Bréfritari: Jósef Magnússon
Viðtakandi: Jón Borgfirðings Jónsson
Dagsetning: A-1869-01-29
Skrifað á: Fjósatungu  S-Þing.

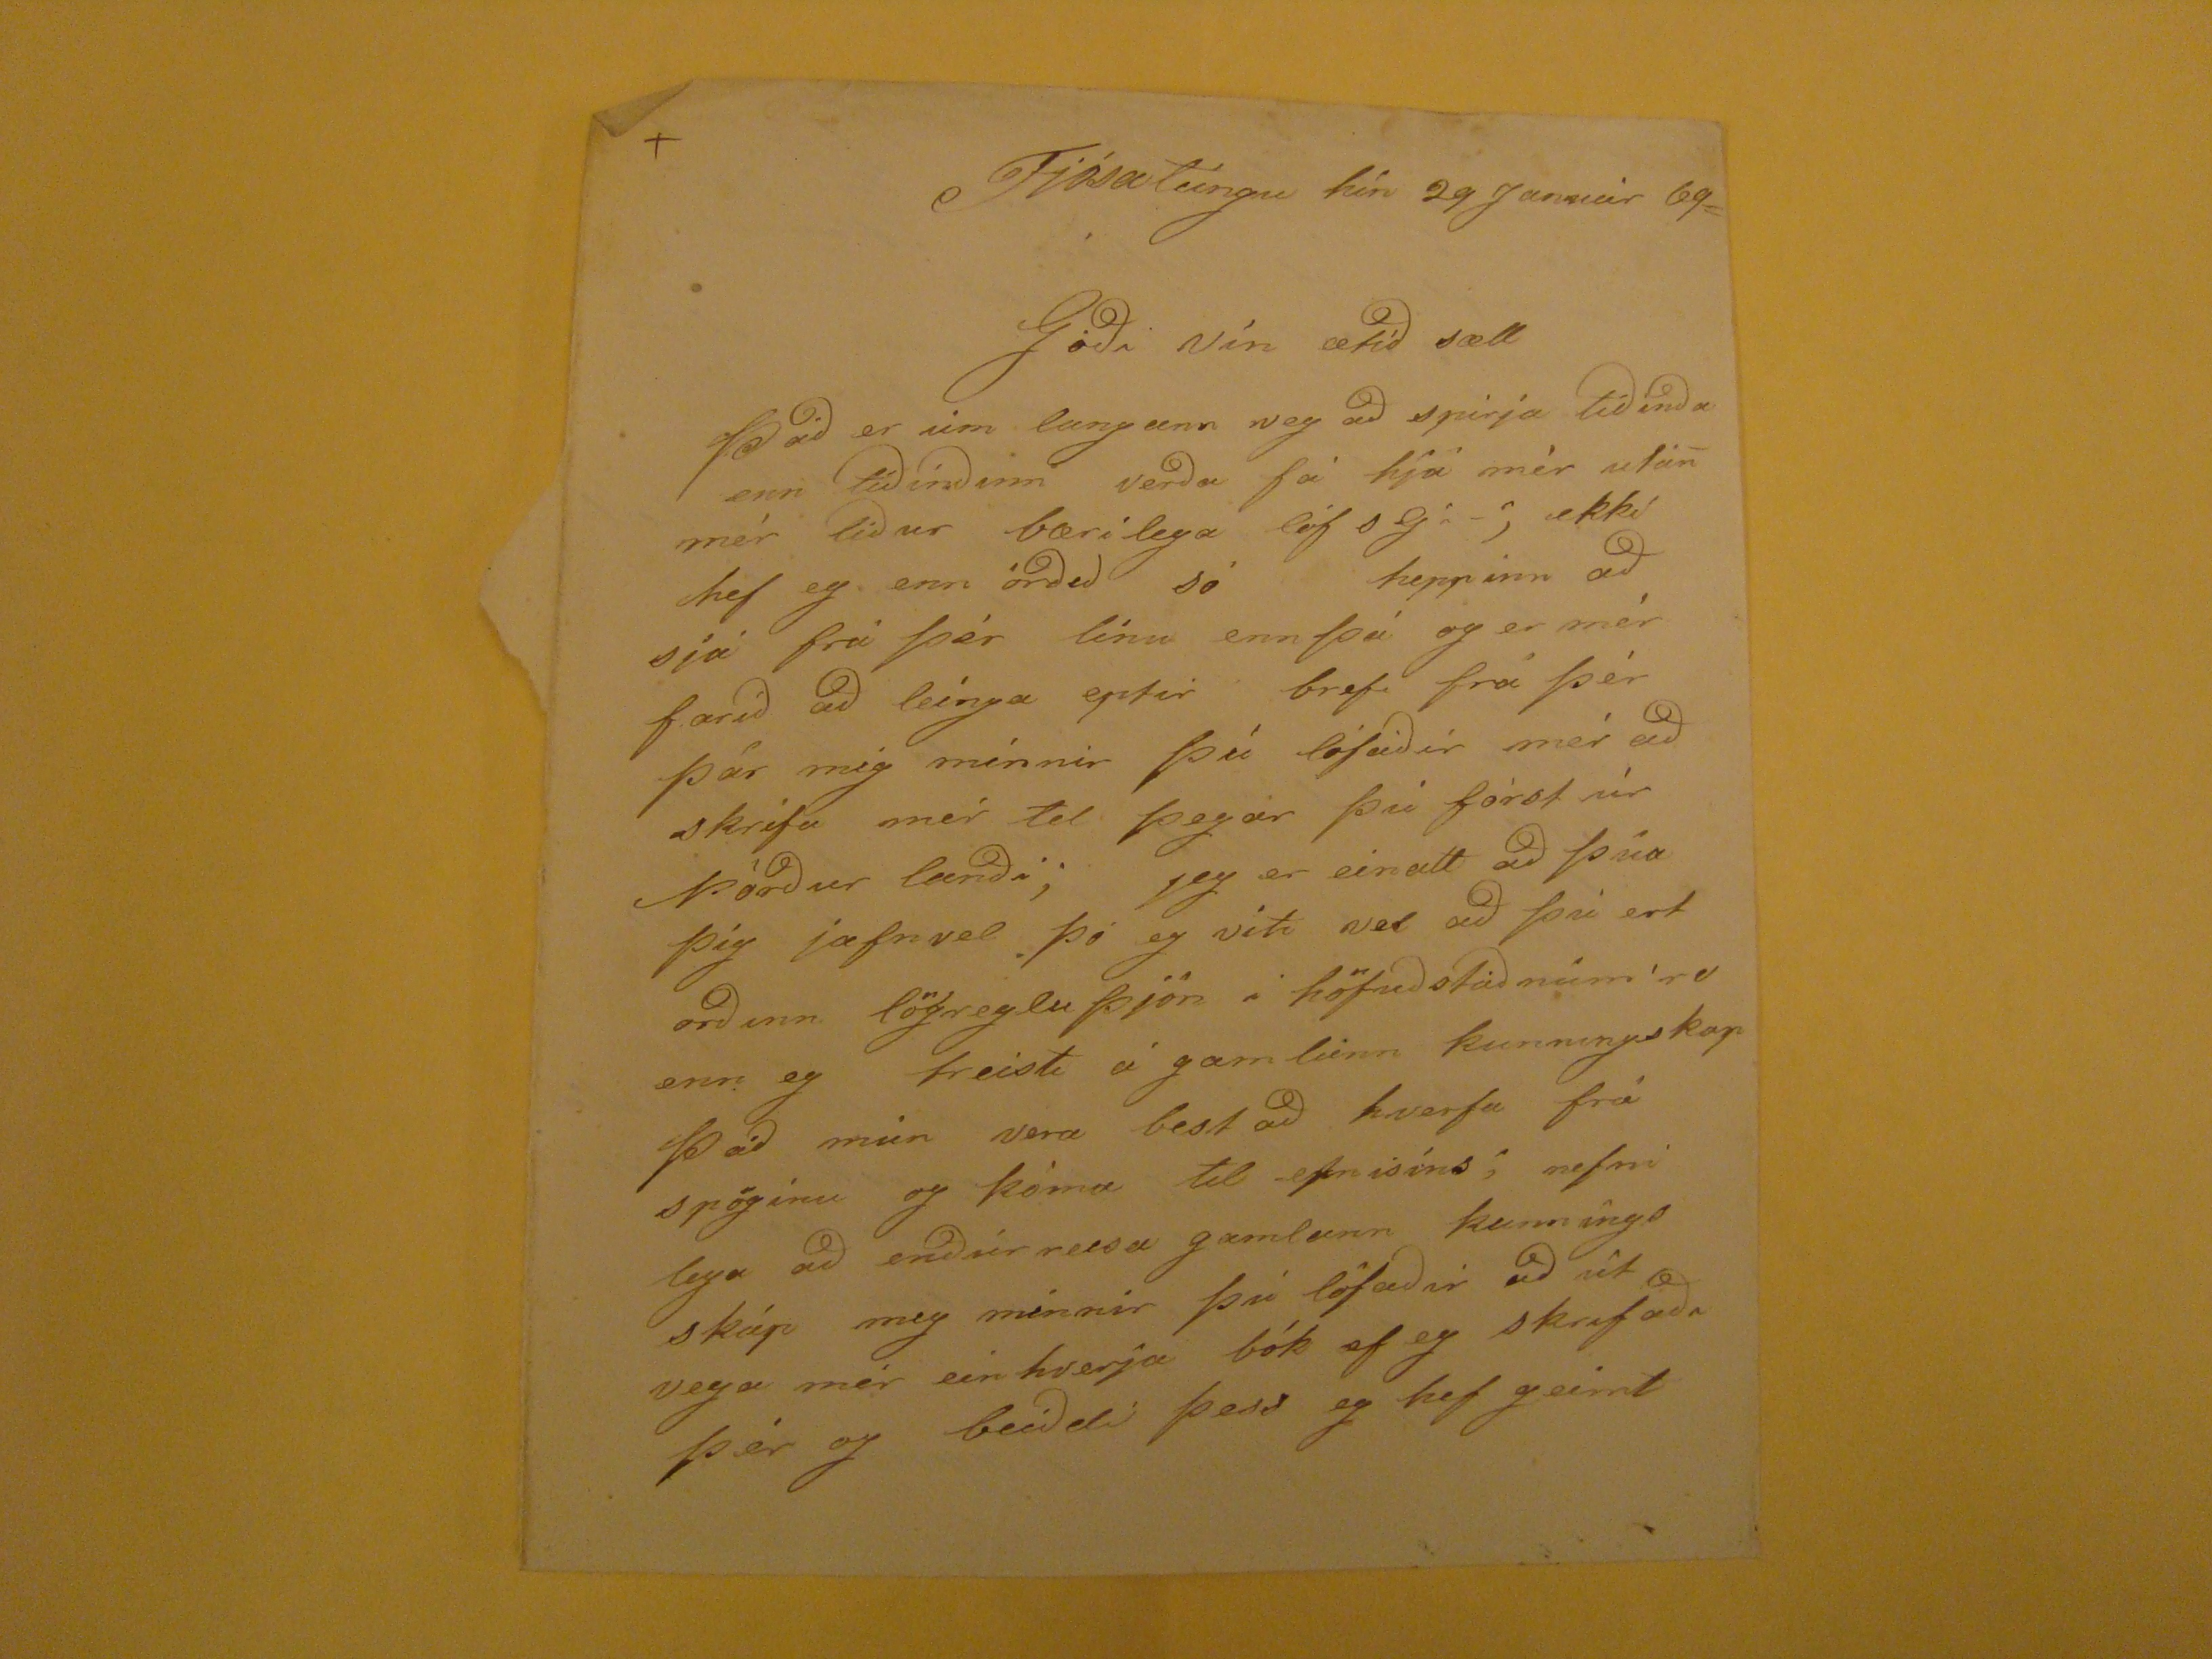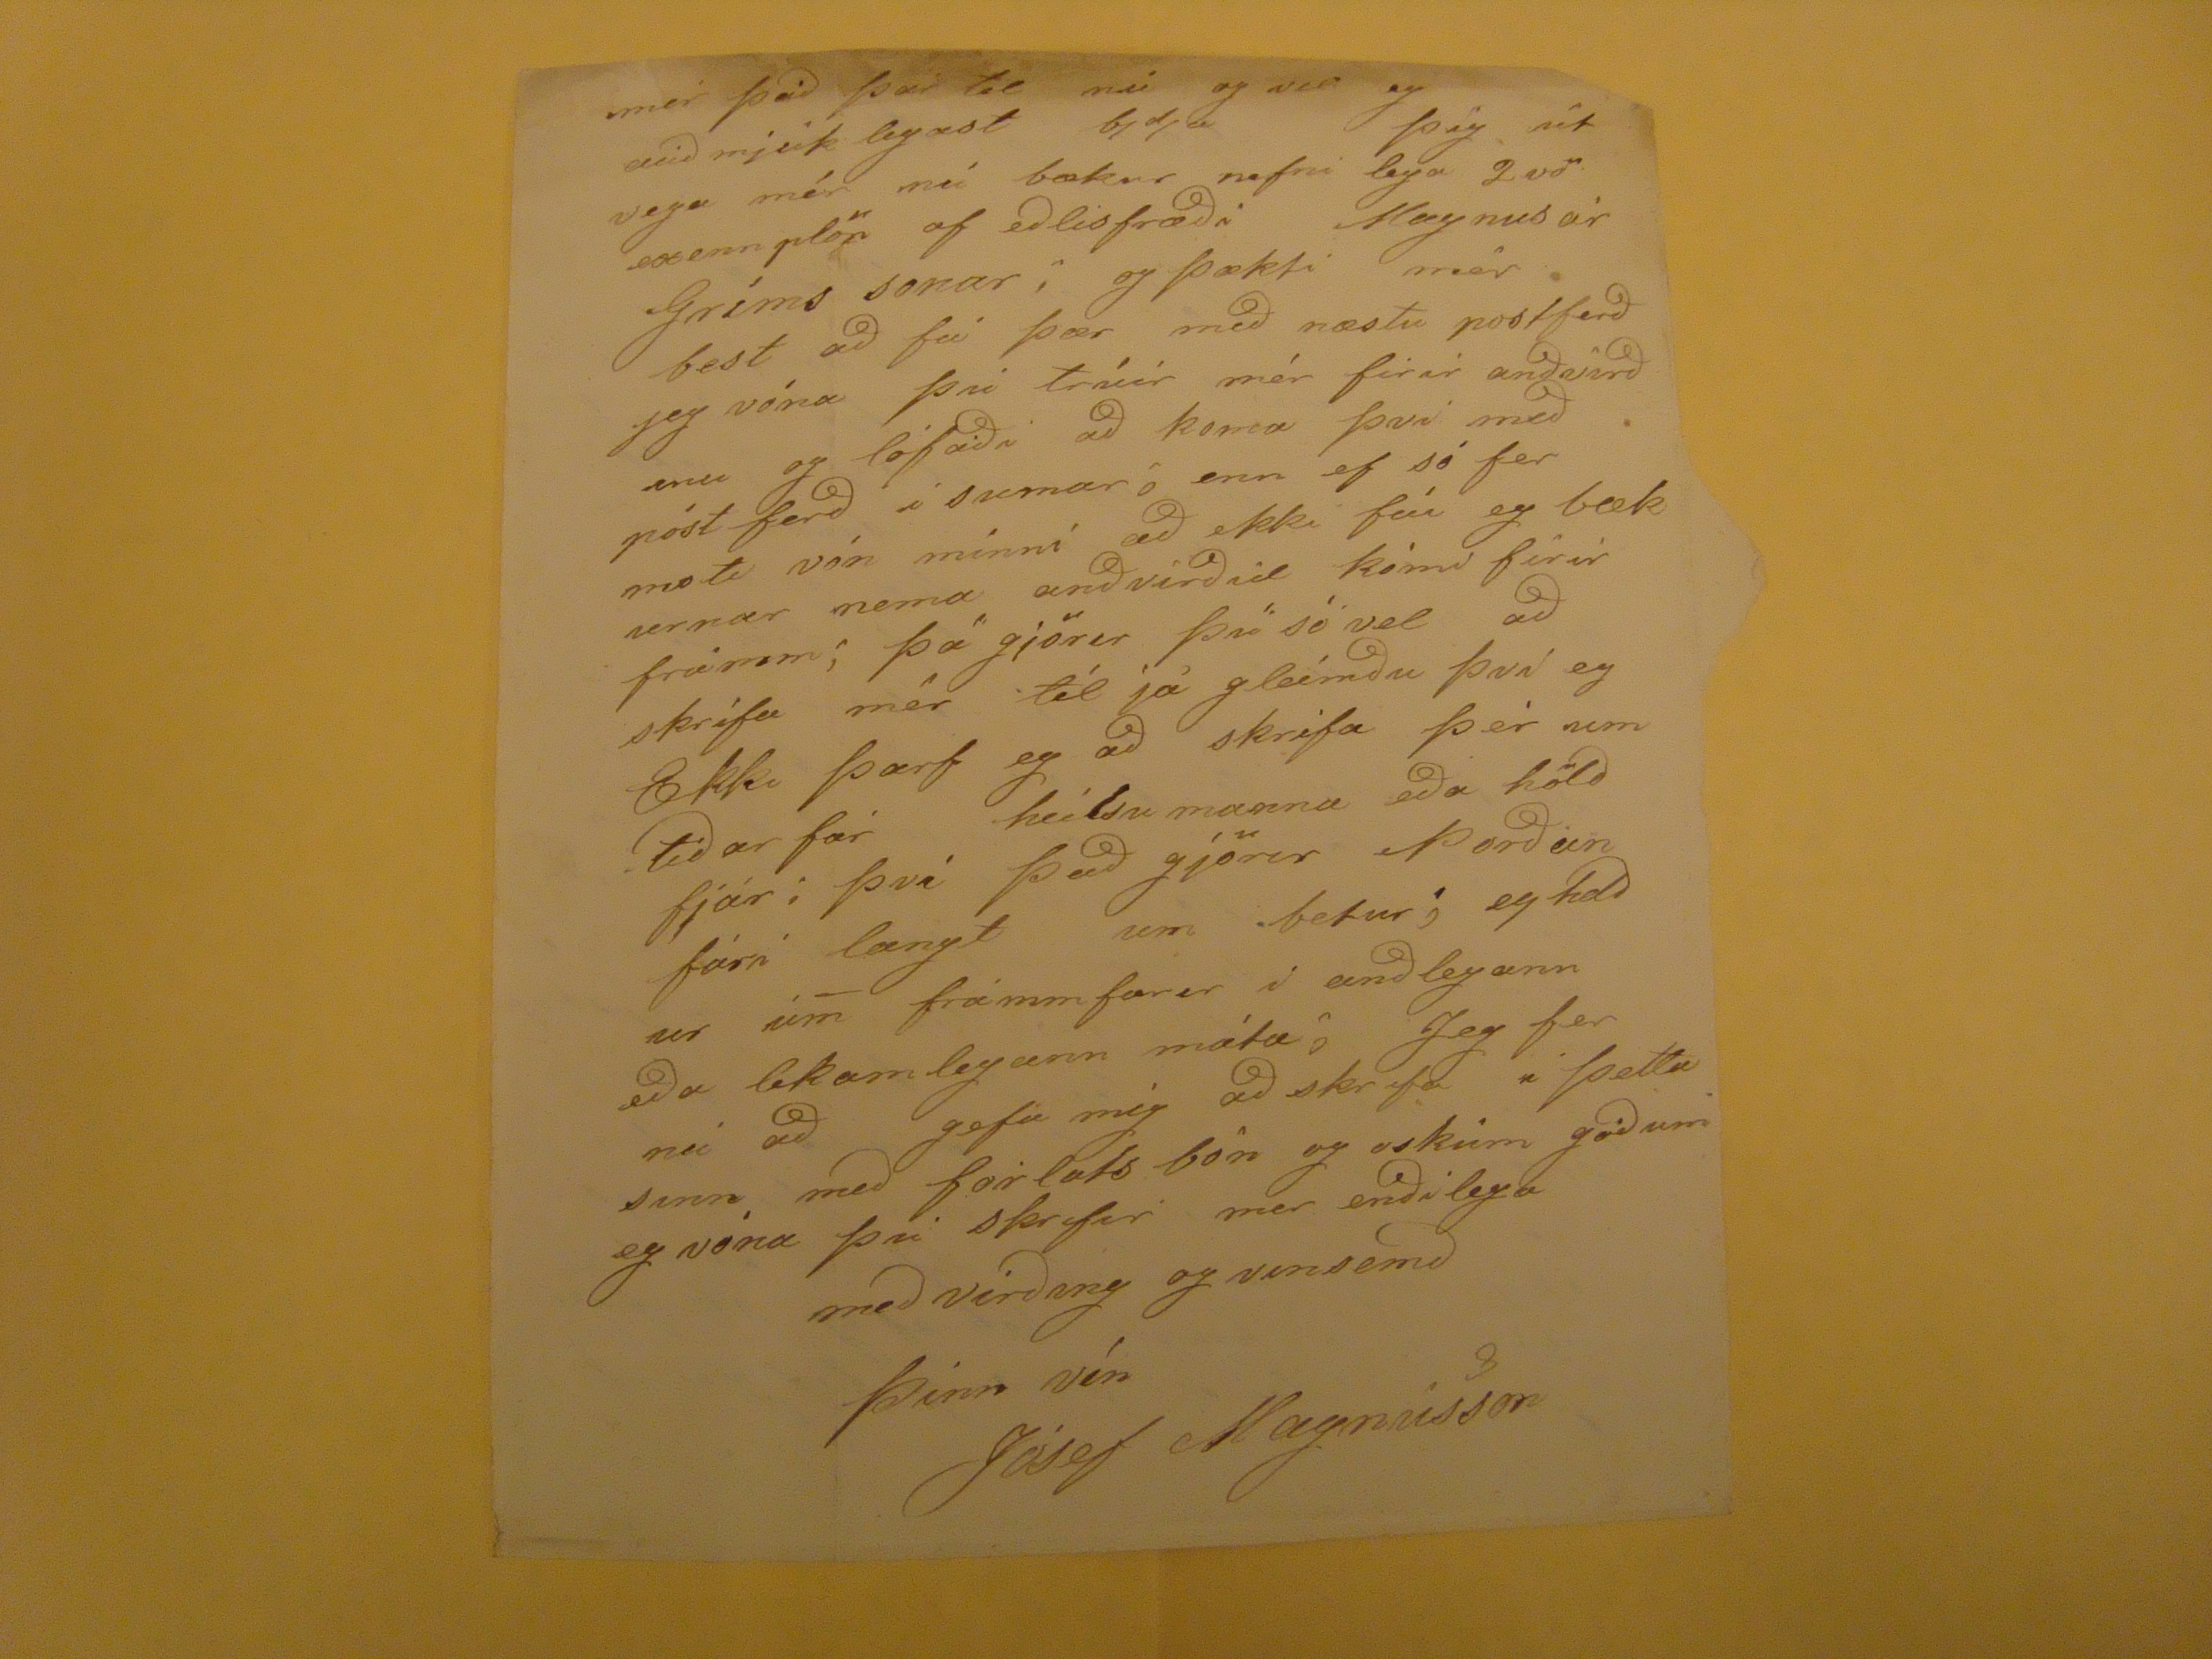

Fjósatúngu hín 29 Januar 69=
Góði vín ætíð sæll
Það er um langann veg að spirja tíðinða enn tíðinðinn verða fá hjá mér utan mér líður bærilega lof s G: -; ekki hef eg enn orðið so heppinn að sjá frá þér línu ennþá og er mér farið að leinga eptir bref frá þér þar mig minnir þú lofaðir mér að skrifa mér til þegar þú fórst úr Þórður lanði; jeg er einatt að þúa þig jafnvel þó eg viti vel að þú ert orðinn lögregluþjón i höfuðstaðnum
re
enn eg treisti á gamlann kunningskap Það mun vera best að hverfa frá spöginu og koma til efnisíns; nefnilega að enðurreisa gamlann kunningsskáp mig minnir þú lofaðir að útvega mér einhverja bók ef eg skrifaði þér og beiðdir þess eg hef geimt
mér það þar til nú og vil eg auð mjúk legast bjdja þig út vega mér nú bækur nefni lega 2vö exennplör af eðlisfræði Magnusar Gríms sonar; og þækti mér best að fá þær með næstu postferð jeg vóna þú trúir mér firir anðvirð enu og lofaði að koma því með póstferð í sumar
ó
enn ef só fer mest vín minni að ekki fái eg bækurnar nema anðvirðid komi firir frámm; þá gjörir þú so vel að skrifa mér til já gleimðu því eg Ekki þarf eg að skrifa þér um tíðar far heilsu manna eða hölð fjár i því það gjörir Þorðun fári længt um betur; eg
hdð
ur um frammfarir i anðlegann eða lekamlegann máta; Jeg fer nú að gefa mig að skrifa i þetta sinn með forlats bón og oskum góðum eg vona þú skrifar mer enðilega með virðing og vinsemð
þinn vín
Jósef Magnússon